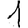
Digit: 1